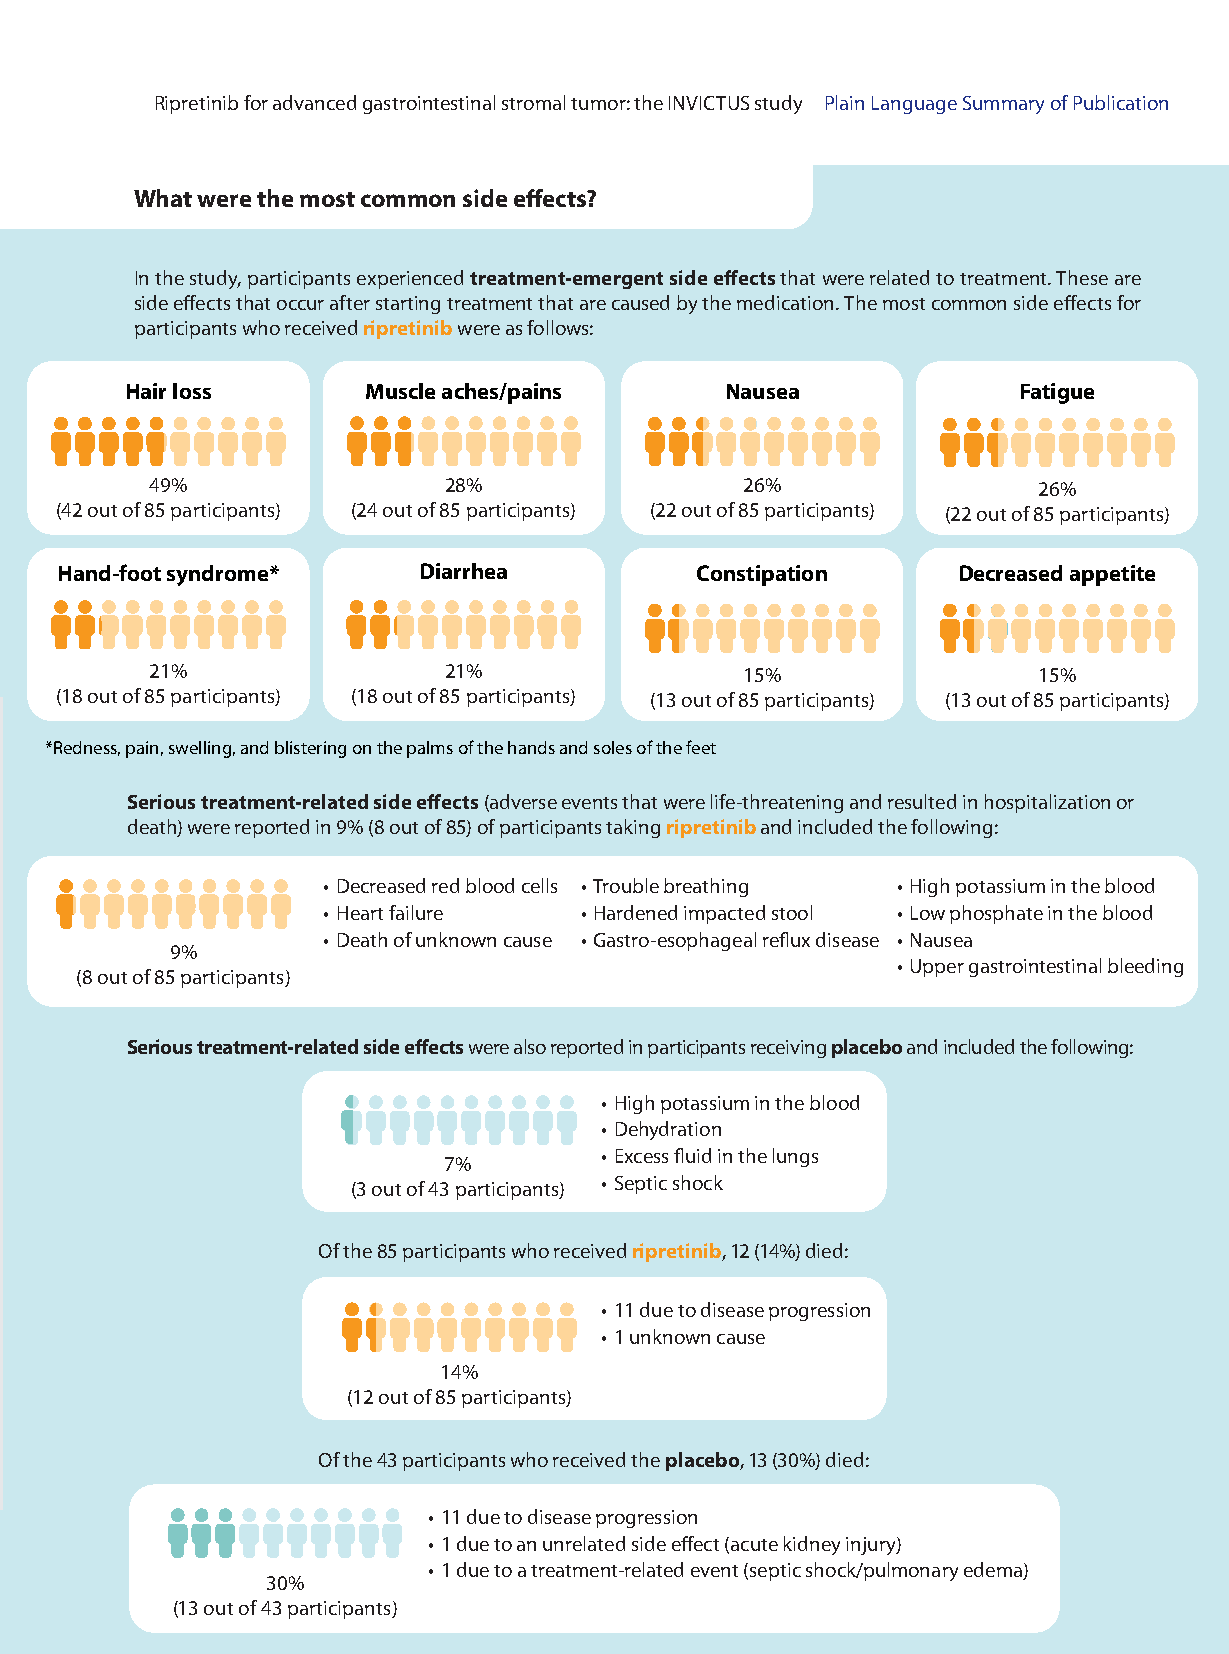
Ripretinib for advanced gastrointestinal stromal tumor: the INVICTUS study Plain Language Summary of Publication
 What were the most common side effects?
 In the study, participants experienced treatment-emergent side effects that were related to treatment. These are
 side effects that occur after starting treatment that are caused by the medication. The most common side effects for
 participants who received ripretinib were as follows:
 Hair loss       Muscle aches/pains      Nausea             Fatigue
 49%                28%                 26%                 26%
 (42 out of 85 participants) (24 out of 85 participants) (22 out of 85 participants) (22 out of 85 participants)
 Hand-foot syndrome*     Diarrhea          Constipation     Decreased appetite
 21%                21%                 15%                 15%
 (18 out of 85 participants) (18 out of 85 participants) (13 out of 85 participants) (13 out of 85 participants)
 *Redness, pain, swelling, and blistering on the palms of the hands and soles of the feet
 Serious treatment-related side effects (adverse events that were life-threatening and resulted in hospitalization or
 death) were reported in 9% (8 out of 85) of participants taking ripretinib and included the following:
 • Decreased red blood cells • Trouble breathing • High potassium in the blood
 • Heart failure  • Hardened impacted stool • Low phosphate in the blood
 • Death of unknown cause • Gastro-esophageal reflux disease • Nausea
 9%
 • Upper gastrointestinal bleeding
 (8 out of 85 participants)
 Serious treatment-related side effects were also reported in participants receiving placebo and included the following:
 • High potassium in the blood
 • Dehydration
 • Excess fluid in the lungs
 7%
 • Septic shock
 (3 out of 43 participants)
 Of the 85 participants who received ripretinib, 12 (14%) died:
 • 11 due to disease progression
 • 1 unknown cause
 14%
 (12 out of 85 participants)
 Of the 43 participants who received the placebo, 13 (30%) died:
 • 11 due to disease progression
 • 1 due to an unrelated side effect (acute kidney injury)
 • 1 due to a treatment-related event (septic shock/pulmonary edema)
 future science group30%                www.futuremedicine.com 10.2217/fon-2021-0803
 (13 out of 43 participants)